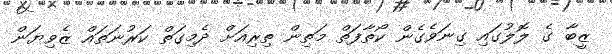
ޒީބާ ގެ ލޮލުގައި ގިނަވެގެން ކޯތާފަތް މަތިން ތިރިއަށް ދެމިގަތް ކަރުނަތައް ޒެވިޔަން